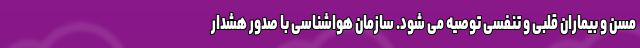
مسن و بیماران قلبی و تنفسی توصیه می شود. سازمان هواشناسی با صدور هشدار